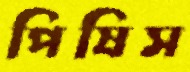
পিষিস